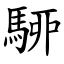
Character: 駵